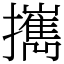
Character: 𢹂